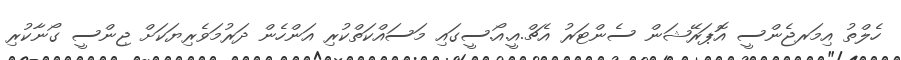
ހެލްތު އިމަރޖެންސީ އޮޕަރޭޝަން ސެންޓަރު އެޗް.އީ.އޯ.ސީގައި މަސައްކަތްކުރި އަންހެން ދަރުމަވެރިޔަކަށް ޖިންސީ ގޯނާކުރި